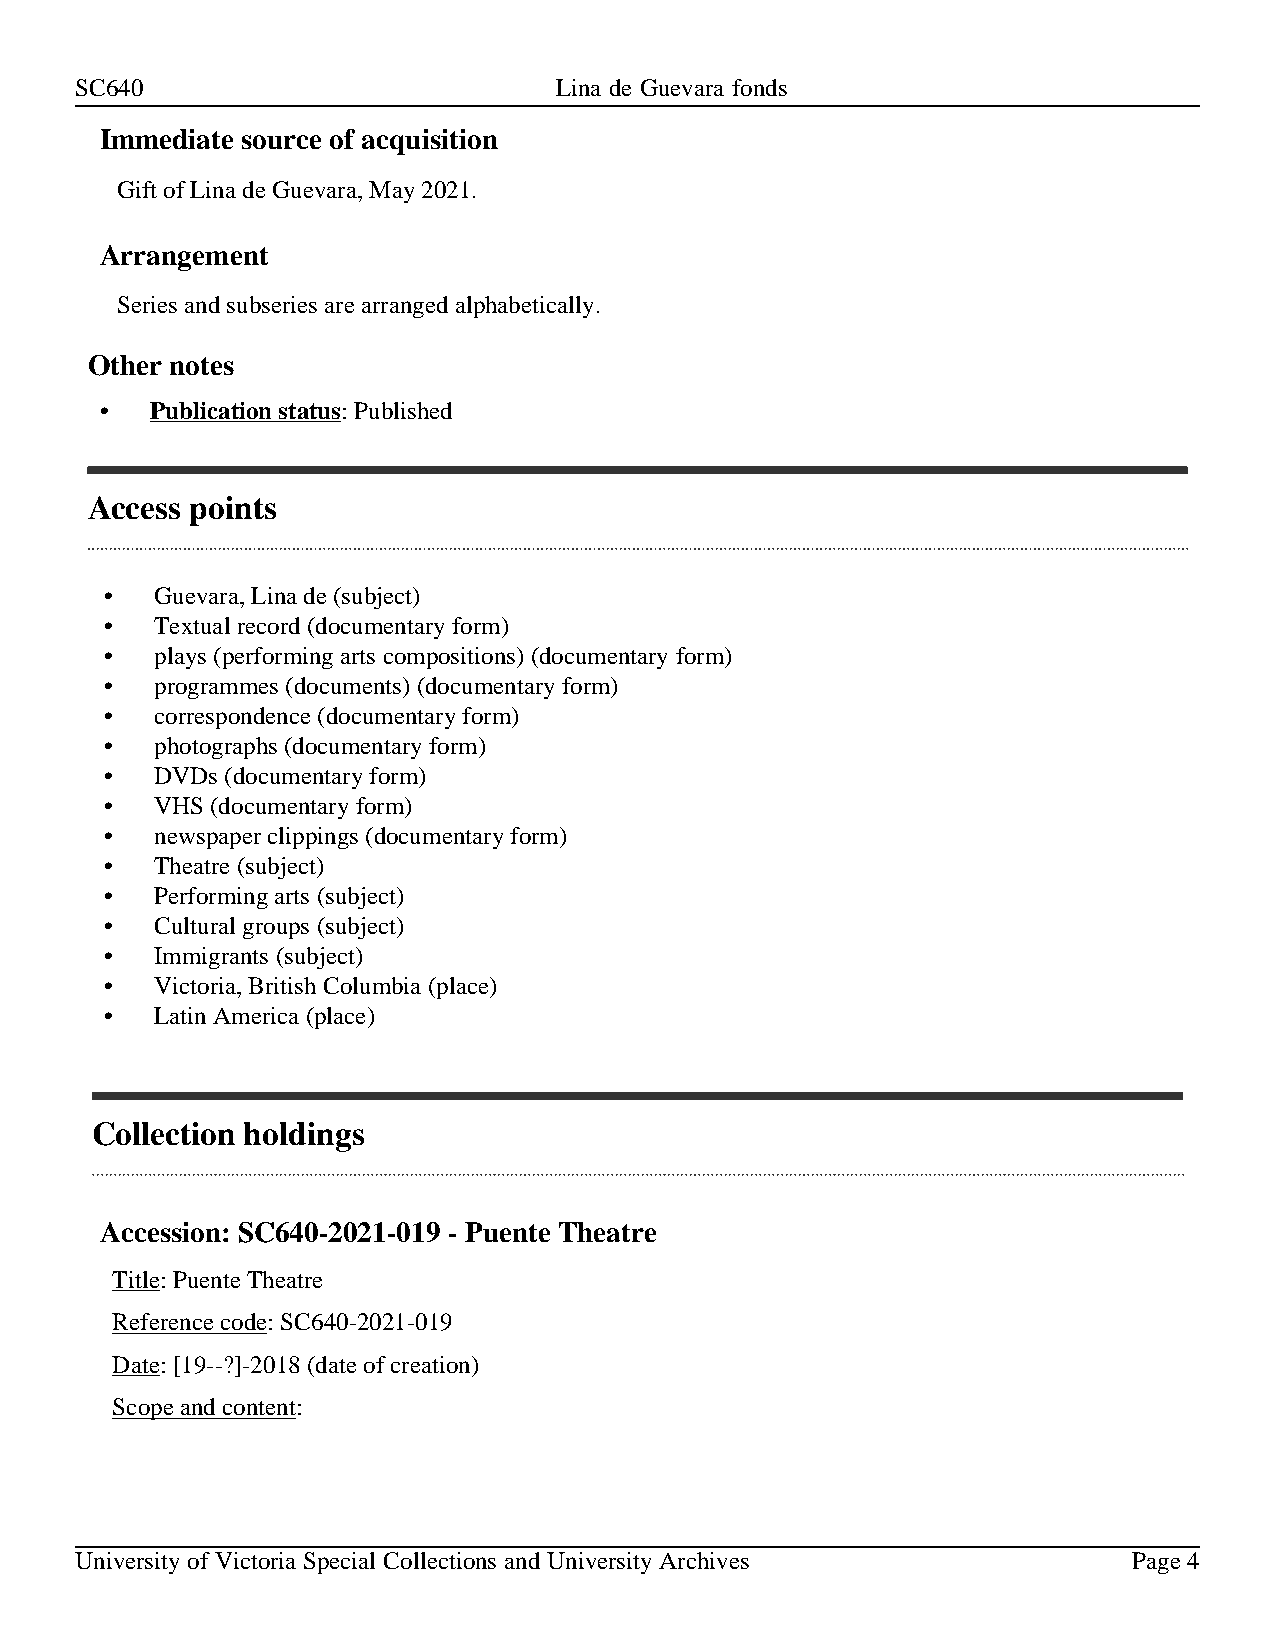
SC640                           Lina de Guevara fonds
 Immediate source of acquisition
 Gift of Lina de Guevara, May 2021.
 Arrangement
 Series and subseries are arranged alphabetically.
 Other notes
 •  Publication status: Published
 Access points
 •  Guevara, Lina de (subject)
 •  Textual record (documentary form)
 •  plays (performing arts compositions) (documentary form)
 •  programmes (documents) (documentary form)
 •  correspondence (documentary form)
 •  photographs (documentary form)
 •  DVDs (documentary form)
 •  VHS (documentary form)
 •  newspaper clippings (documentary form)
 •  Theatre (subject)
 •  Performing arts (subject)
 •  Cultural groups (subject)
 •  Immigrants (subject)
 •  Victoria, British Columbia (place)
 •  Latin America (place)
 Collection holdings
 Accession: SC640-2021-019 - Puente Theatre
 Title: Puente Theatre
 Reference code: SC640-2021-019
 Date: [19--?]-2018 (date of creation)
 Scope and content:
 University of Victoria Special Collections and University Archives    Page 4